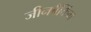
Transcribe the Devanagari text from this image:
जीनबैंकिंग